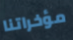
مؤخراتنا